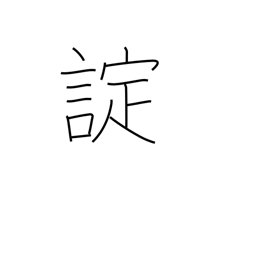
Meaning: command